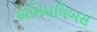
એનિમલિબસ